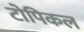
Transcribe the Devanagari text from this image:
टोपिकल